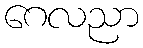
ဂေလညာ